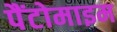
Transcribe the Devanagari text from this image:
पैंटोमाइम